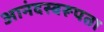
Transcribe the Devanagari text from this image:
आनंदस्वरूपता